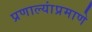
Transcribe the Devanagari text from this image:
प्रणाल्यांप्रमाणे